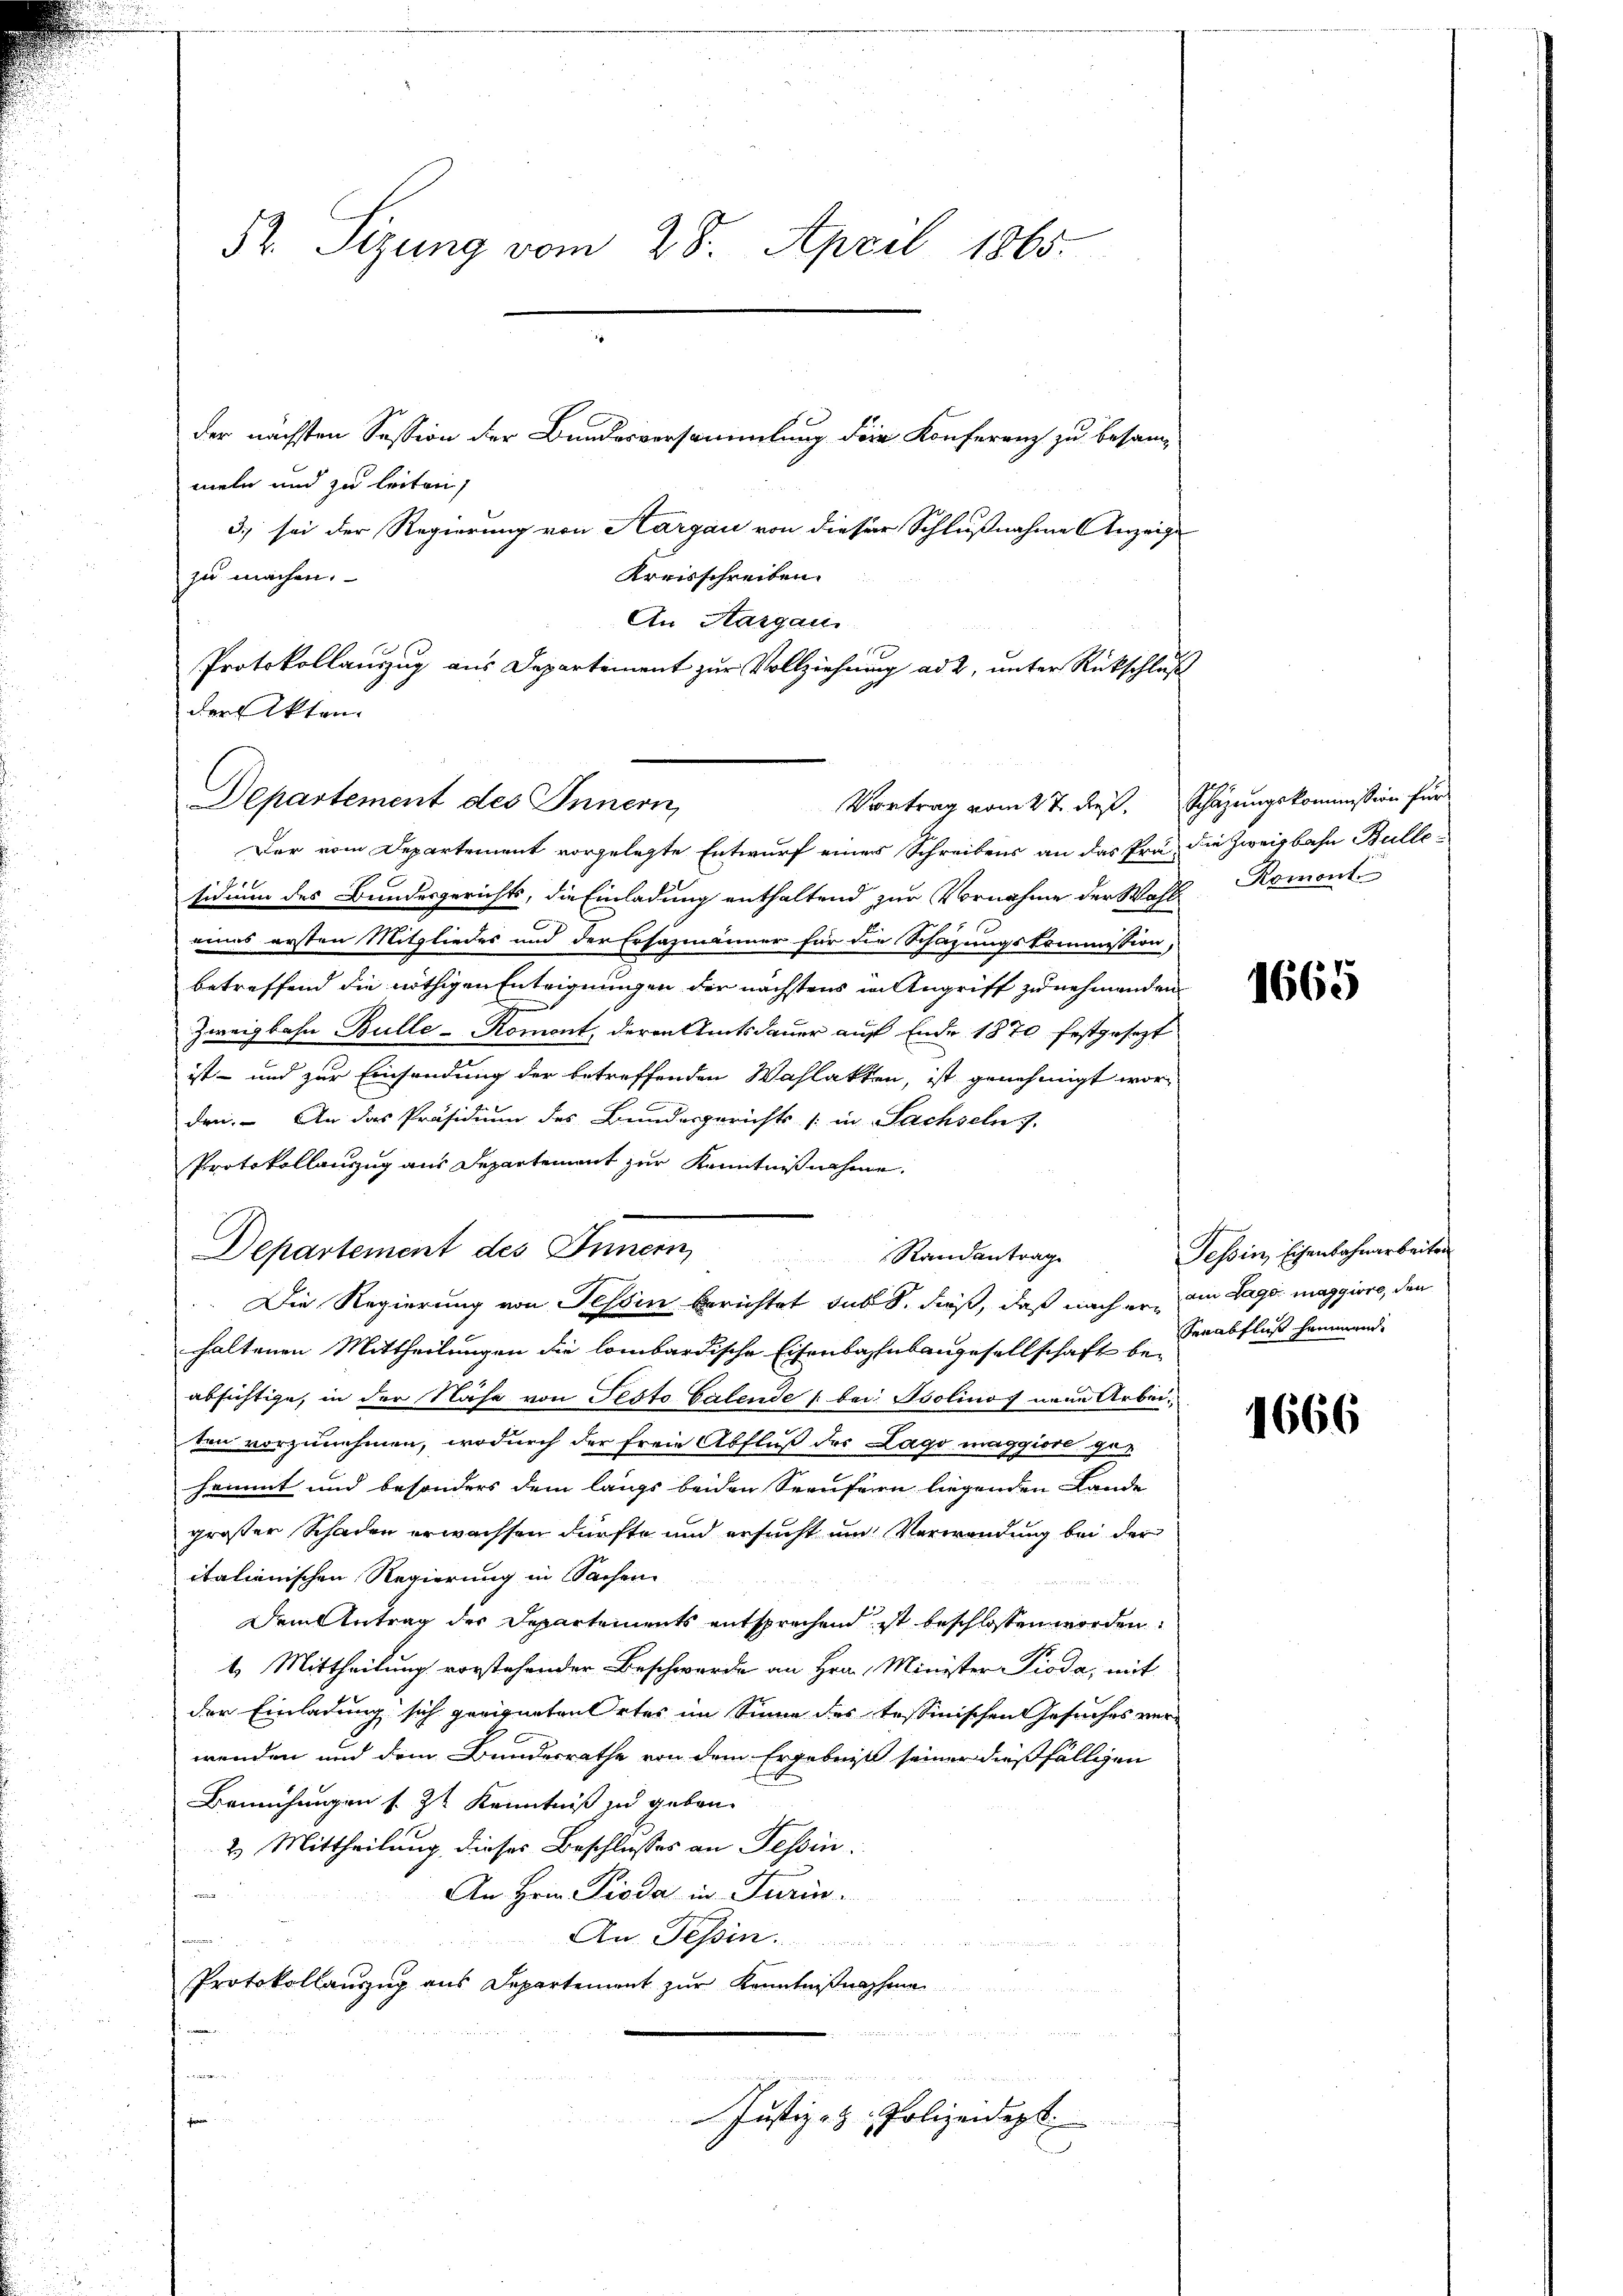
52. Sitzung vom 28. April 1865.

der Akten.

meln und zu leiten,
3.) sei der Regierung von Aargau von dieser Schlußnahme Anzeige
Kreisschreiben.
zu machen.
An Hargau.
Protokollauszug aus Departement zur Vollziehung ad 2, unter Rückschluß
Departement des Innern,
Der vom Departement vorgelegte Entwurf eines Schreibens an das Pra die Zweigbahn Bullesidium des Bundesgerichts, die Einladung enthaltend zur Vornahme der Wahl Romont
eines ersten Mitgliedes und der Ersazmänner für die Schazungskommission,
betreffend die nöthigen Enteignungen der nächstens in Angriff zu nehmenden
Zweigbahn Bulle-Romont, deren Amtsdauer auf Ende 1870 festgesezt
ist- und zur Einsendung der betreffenden Wahlakten, ist genehmigt worden. An das Präsidium des Bundesgerichts (in Sachseln 7.
Protokollanzug aus Departement zur Kenntnißnahme.
 Die Regierung von Tessin berichtet sub S. dieß, daß nach er im Lage maggiore, den
haltenen Mittheilungen die lombardische Eisenbahnsangesellschaft beabsichtige, in der Nähe von Pesto Galende s. bei Isolinos neue Arbeiten vorzunehmen, wodurch der freie Abfluß der Lago maggiore gehammt und besonders dem längs beiden Seeufern liegenden Lande
großer Schaden erwachsen dürfte und ersucht und Verwendung bei der
itationischen Regierung in Sachen
dienen Seiter u. w
Dem Antrag der Departements entsprechend ist beschlossen worden.
1. Mittheilung vorstehender Beschwerde an Hrn. Minister Pioda, mit
der Einladung sich geeigneten Ortes im Sinne des tessinischen Gesuches verwenden und dem Bundesrathe von dem Ergebniß seiner dießfälligen
Bemühungen s. Zt Kenntniß zu geben.
2. Mittheilung dieses Beschlusses an Tessin.
An Hrn. Pioda in Turin.

An. Tessin.
Protokollauszug aus Departement zur Kenntnißnahme
u
da Sr H
u
 Lt. die
Justiz - Polizeidept

der nächsten Session der Bundesversammlung der Konferenz zu besam¬

Vortrag vom 27. dieß. Schazungskommission für

Departement des Innern Randantrage

1665

Tessin, Eisenbahnarbeiten
Serabfluß hammend.

1666